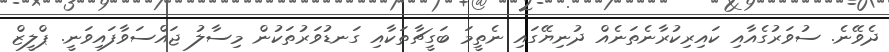
ދެވޭނެ. ސުވަރުގެއާއި ކައިރިކުރާނެތަނެއް ދުނިޔޭގައި ނެތީމަ ބަގީޗާތަކާއި ގަނޑުވަރުތަކުން މިސާލު ޖައްސަވާފައިވަނީ. ޕްލީޒް